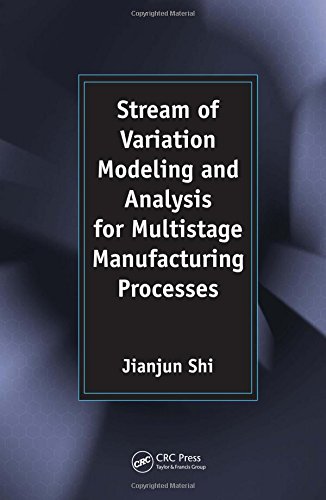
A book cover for Stream of Variation Modeling and Analysis for Multistage Manufacturing Processes; Jianjun Shi; Engineering & Transportation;